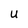
Character: u